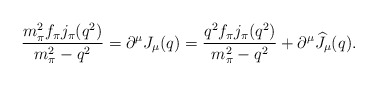
\begin{align*}\displaystyle{\frac{m_{\pi}^2f_{\pi} j_{\pi}(q^2)} {m_{\pi}^2-q^2}= \partial^{\mu} J_{\mu}(q) =\frac{q^2f_{\pi} j_{\pi}(q^2)}{m_{\pi}^2-q^2}+\partial^{\mu} \widehat J_{\mu}(q). }\end{align*}